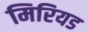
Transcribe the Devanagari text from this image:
मिरियड